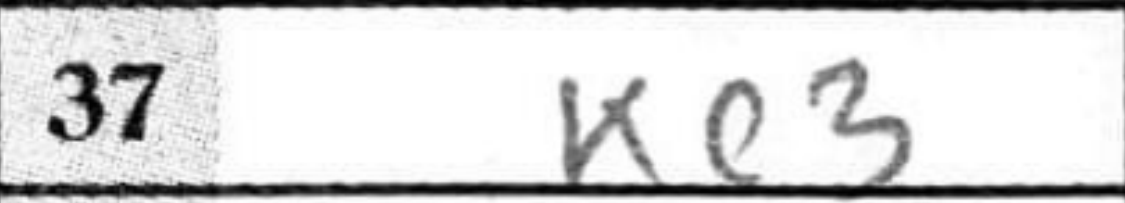
Transcription: Ke3